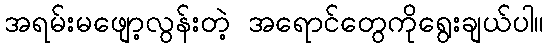
အရမ်းမဖျော့လွန်းတဲ့ အရောင်တွေကိုရွေးချယ်ပါ။